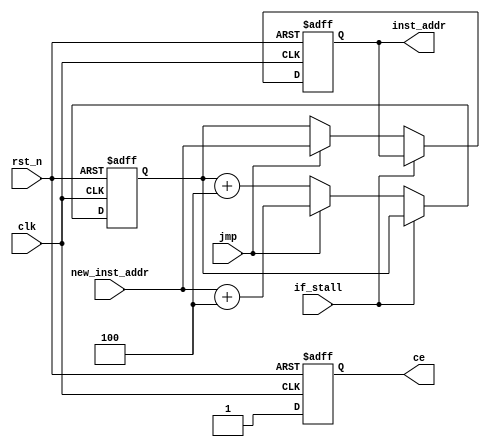
module IF(

	input wire		 clk,
	input wire		 rst_n,        // low is reset
	input wire		 jmp,
	input wire       if_stall,
	input wire[31:0] new_inst_addr,
	output reg		 ce,
	output reg[31:0] inst_addr

);
  reg[31:0] pc;//point to the next instruction
  
	always @ (posedge clk or negedge rst_n)
	if(!rst_n)
		ce <= 1'b0;
	else
		ce <= 1'b1;

	always @ (posedge clk or negedge rst_n)
	if(!rst_n)
		pc <= 32'b0;
	else if(if_stall)
		pc <= pc;
	else if(jmp)
		pc <= new_inst_addr + 32'd4;
	else
		pc <= pc + 32'd4;

	always @ (posedge clk or negedge rst_n)
	if(!rst_n)
		inst_addr <= 32'b0;
	else if(if_stall)
		inst_addr <= inst_addr;
	else if(jmp)
		inst_addr <= new_inst_addr;
	else
		inst_addr <= pc;
    
endmodule